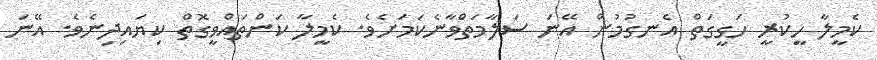
ކެމީލާ ހީކުރީ ހަގީގަތް އެނގުމުން އޭނަ ސަލާމަތްވާނެކަމަށެވެ. ކެމީލާ ކަންތައްވީގޮތް ކިޔައިދިނެވެ. އޭނަ